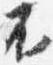
不